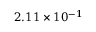
2 . 1 1 \times 1 0 ^ { - 1 }